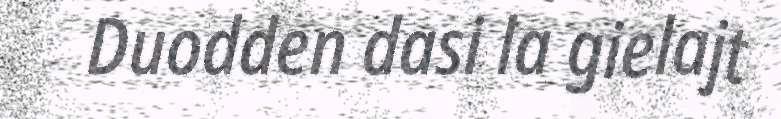
Duodden dasi la gielajt